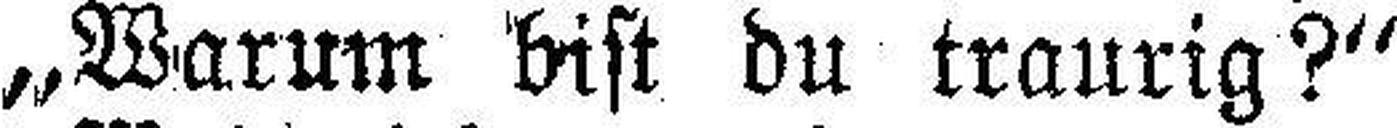
„Warum bist du traurig?“